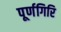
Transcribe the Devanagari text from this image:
पूर्णगिरि